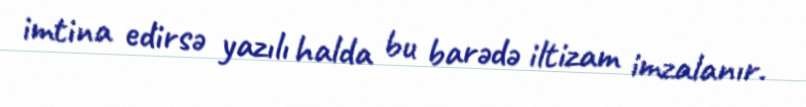
imtina edirsə yazılı halda bu barədə iltizam imzalanır.